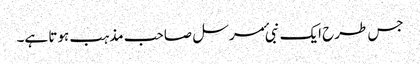
جس طرح ایک نبی ٔمرسل صاحب مذہب ہوتا ہے۔